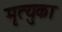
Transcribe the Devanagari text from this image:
मृत्युका